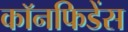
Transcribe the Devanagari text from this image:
कॉनफिडेंस